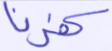
كفرنا